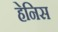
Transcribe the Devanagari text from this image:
हेनिस